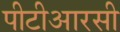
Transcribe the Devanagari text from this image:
पीटीआरसी